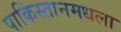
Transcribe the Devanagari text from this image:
पाकिस्तानमधला